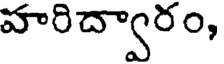
హరిద్వారం,